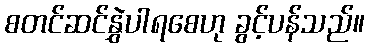
စတင်ဆင်နွှဲပါရစေဟု ခွင့်ပန်သည်။